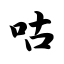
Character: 咕